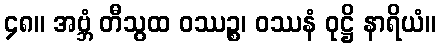
၄၈။ အဗ္ဘံ တီသွထ ဝဿဉ္စ၊ ဝဿနံ ဝုဋ္ဌိ နာရိယံ။